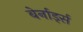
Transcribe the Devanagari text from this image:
बेर्नार्ड्स